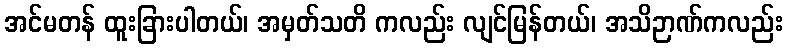
အင်မတန် ထူးခြားပါတယ်၊ အမှတ်သတိ ကလည်း လျင်မြန်တယ်၊ အသိဉာဏ်ကလည်း